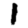
Digit: 1